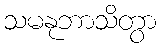
သမနုဘာသိတွာ